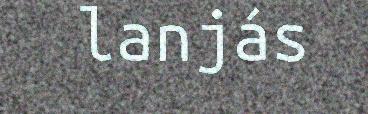
lanjás